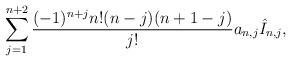
LaTeX: \begin{align*} \sum_{j=1}^{n+2}\frac{(-1)^{n+j}n!(n-j)(n+1-j)}{j!}a_{n,j}\hat{I}_{n,j},\end{align*}